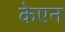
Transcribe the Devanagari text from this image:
केएन